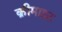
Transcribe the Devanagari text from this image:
क्रीमाइट